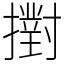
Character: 𢷮